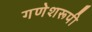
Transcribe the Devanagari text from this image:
गणेशरूपी